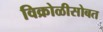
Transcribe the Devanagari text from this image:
विक्रोळीसोबत